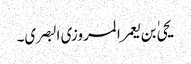
یحیٰ بن یعمر المروزی البصری۔